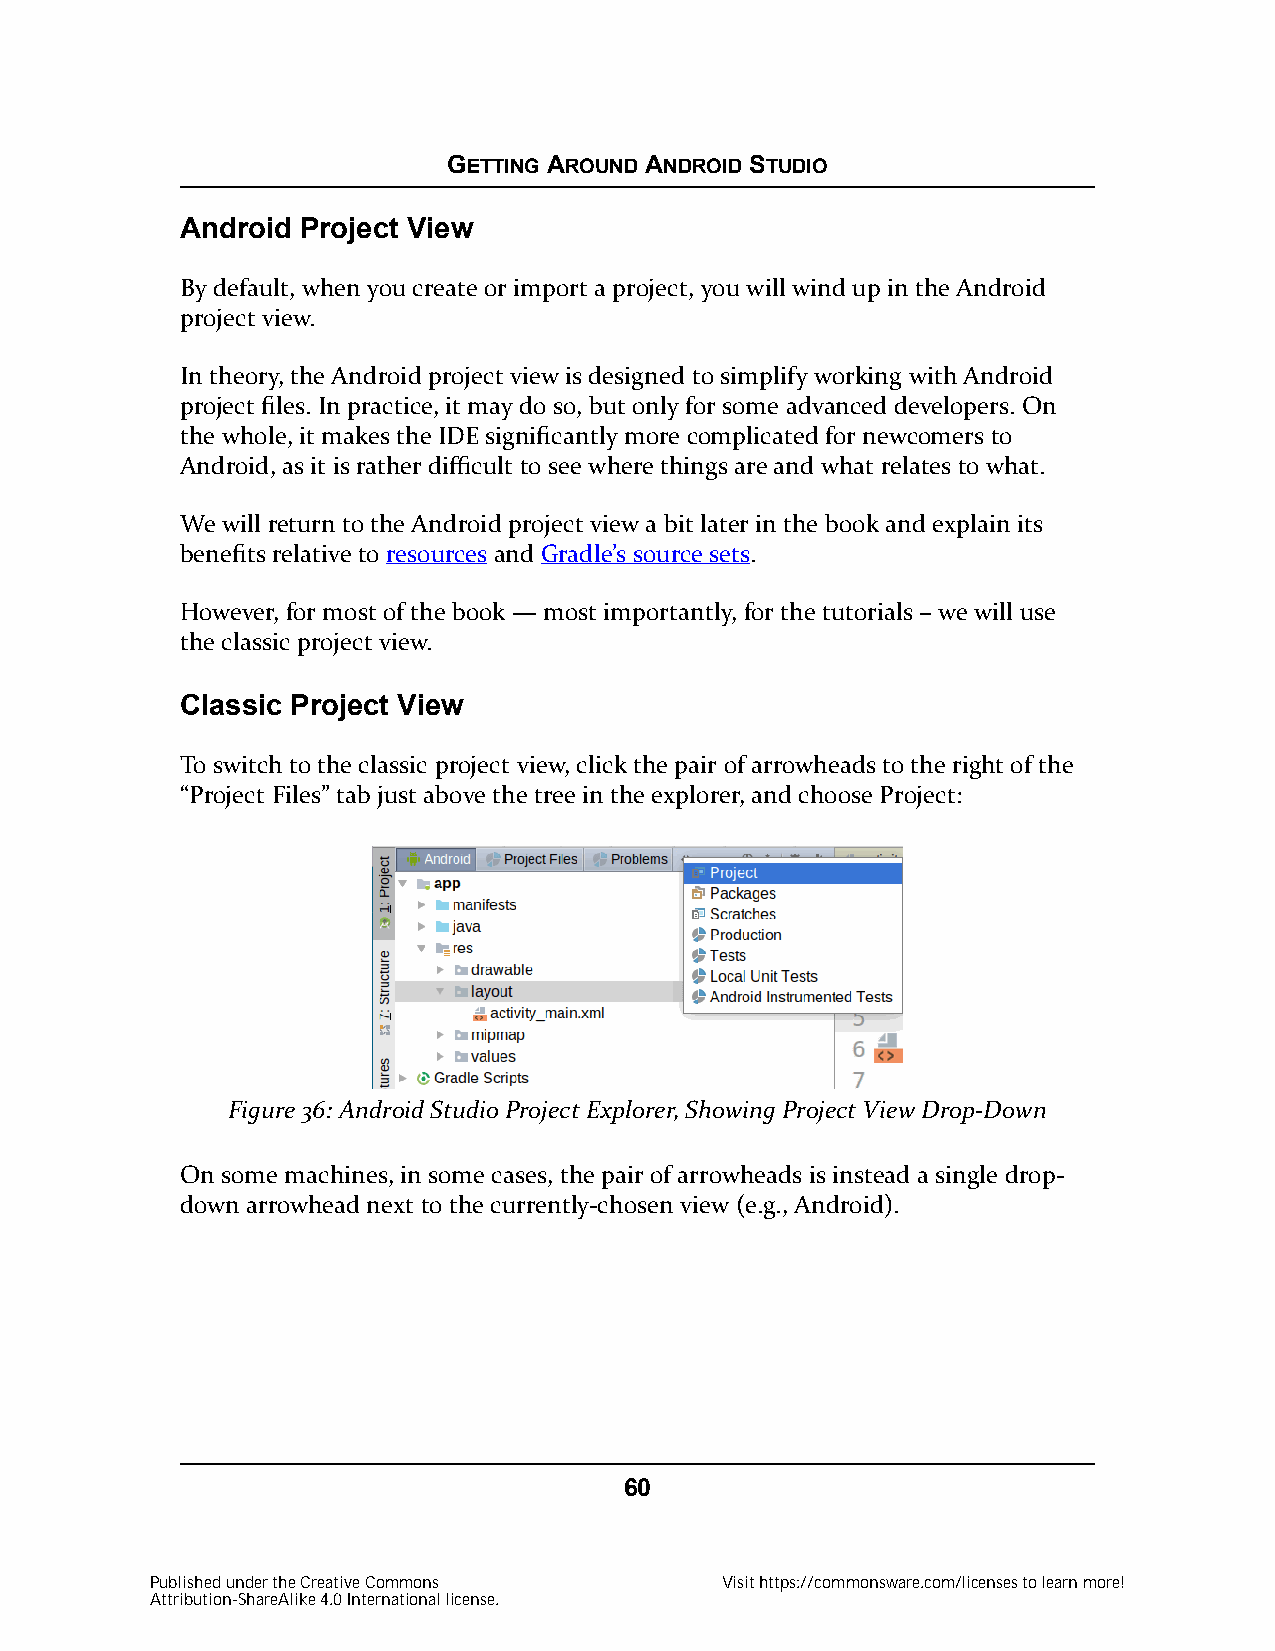
GETTING AROUND ANDROID STUDIO
 Android Project View
 By default, when you create or import a project, you will wind up in the Android
 project view.
 In theory, the Android project view is designed to simplify working with Android
 project files. In practice, it may do so, but only for some advanced developers. On
 the whole, it makes the IDE significantly more complicated for newcomers to
 Android, as it is rather difficult to see where things are and what relates to what.
 We will return to the Android project view a bit later in the book and explain its
 benefits relative to resources and Gradle’s source sets.
 However, for most of the book — most importantly, for the tutorials – we will use
 the classic project view.
 Classic Project View
 To switch to the classic project view, click the pair of arrowheads to the right of the
 “Project Files” tab just above the tree in the explorer, and choose Project:
 Figure 36: Android Studio Project Explorer, Showing Project View Drop-Down
 On some machines, in some cases, the pair of arrowheads is instead a single drop-
 down arrowhead next to the currently-chosen view (e.g., Android).
 60
 Published under the Creative Commons  Visit https://commonsware.com/licenses to learn more!
 Attribution-ShareAlike 4.0 International license.